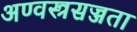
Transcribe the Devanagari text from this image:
अण्वस्त्रसज्जता